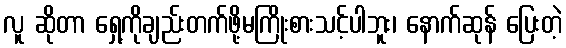
လူ ဆိုတာ ရှေ့ကိုချည်းတက်ဖို့မကြိုးစားသင့်ပါဘူး၊ နောက်ဆုန် ပြေးတဲ့